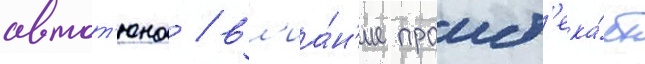
автот'юна / вл'иа́н'ие проист'ека́ет